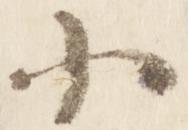
小